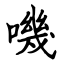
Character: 嘰